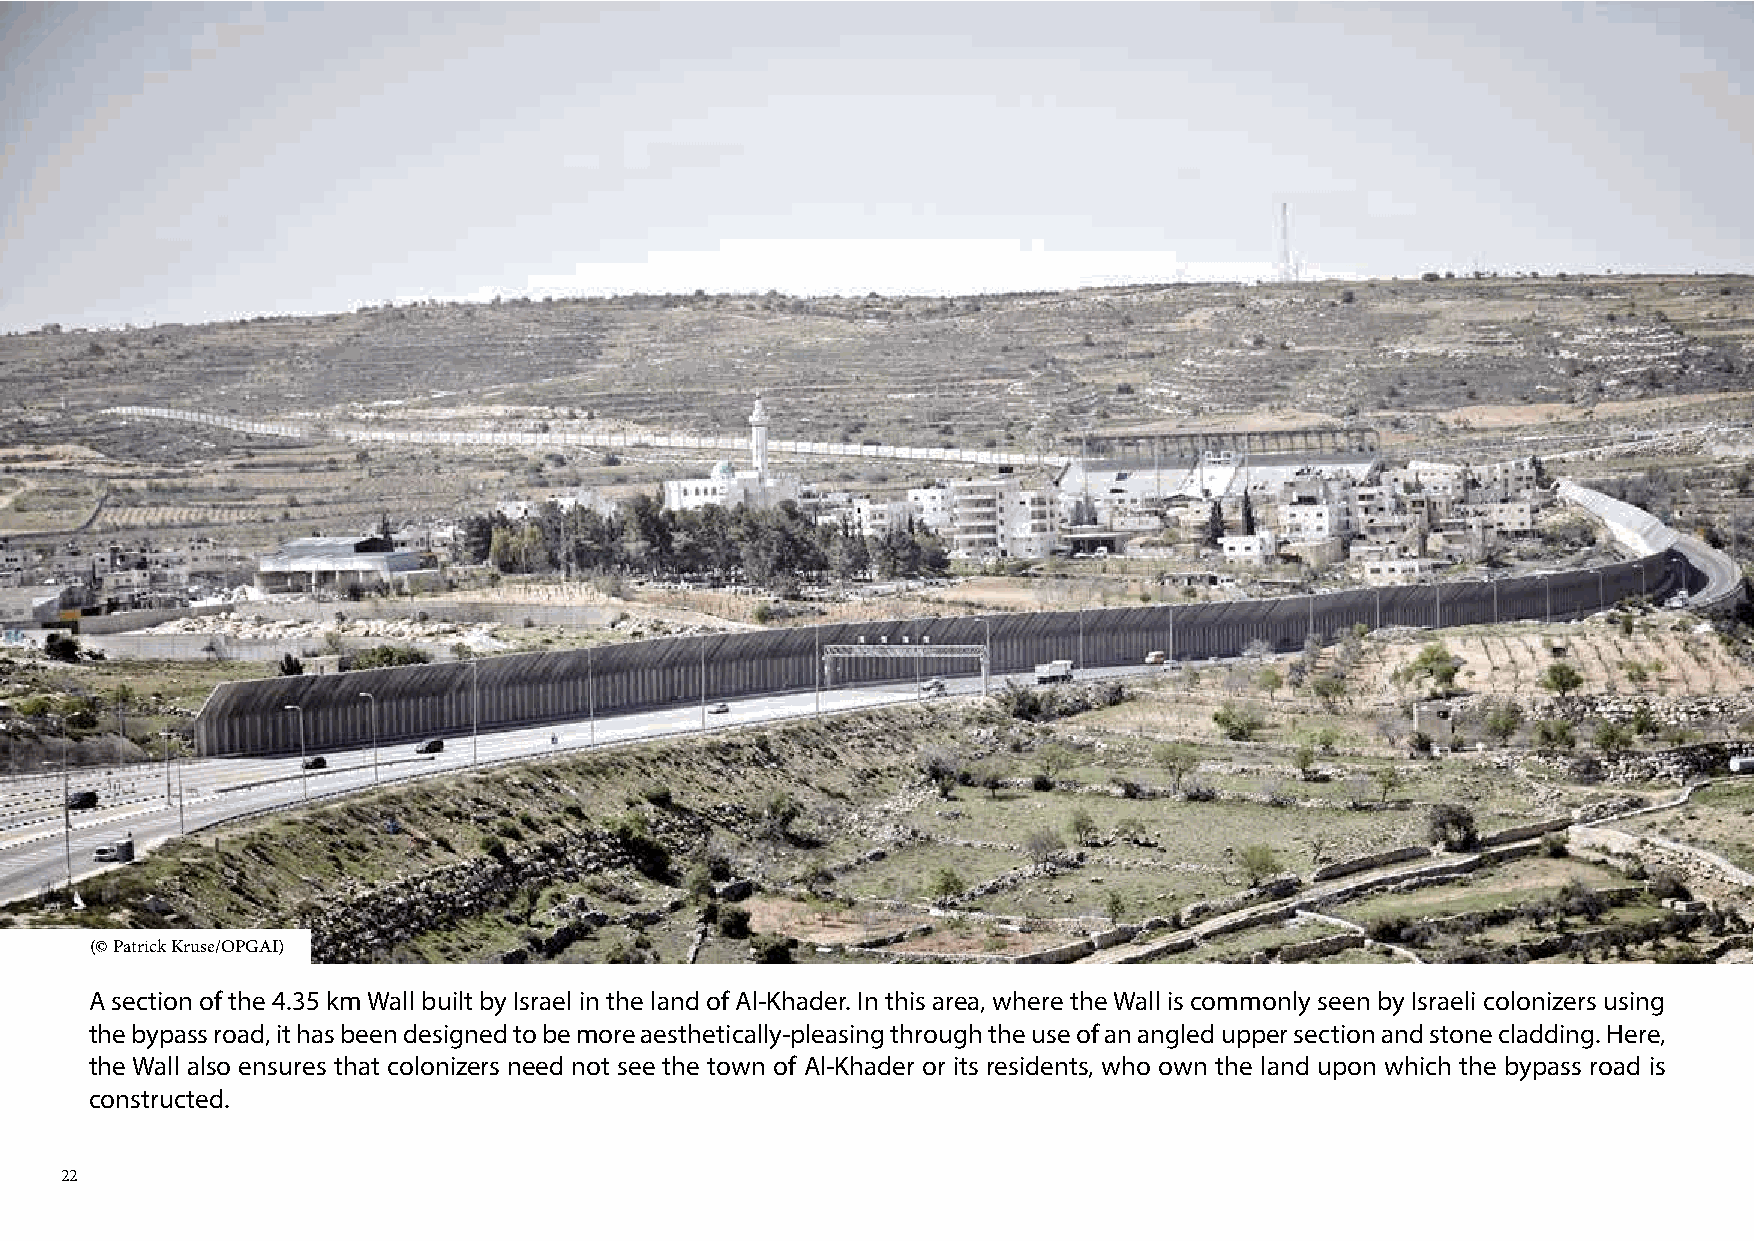
(© Patrick Kruse/OPGAI)
 A section of the 4.35 km Wall built by Israel in the land of Al-Khader. In this area, where the Wall is commonly seen by Israeli colonizers using
 the bypass road, it has been designed to be more aesthetically-pleasing through the use of an angled upper section and stone cladding. Here,
 the Wall also ensures that colonizers need not see the town of Al-Khader or its residents, who own the land upon which the bypass road is
 constructed.
 22